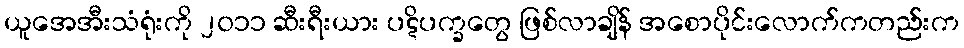
ယူအေအီးသံရုံးကို ၂၀၁၁ ဆီးရီးယား ပဋိပက္ခတွေ ဖြစ်လာချိန် အစောပိုင်းလောက်ကတည်းက